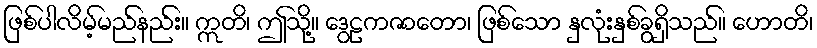
ဖြစ်ပါလိမ့်မည်နည်း။ ဣတိ၊ ဤသို့။ ဒွေဠကဇာတော၊ ဖြစ်သော နှလုံးနှစ်ခွရှိသည်။ ဟောတိ၊